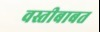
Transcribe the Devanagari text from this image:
वस्तीबाबत